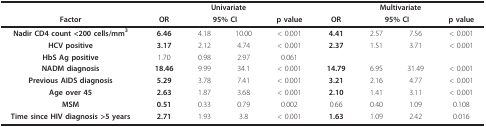
|  | <COLSPAN=4> Univariate | <COLSPAN=4> Multivariate |
 | Factor | OR | <COLSPAN=2> 95% CI | p value | OR | <COLSPAN=2> 95% CI | p value |
 | --- | --- | --- | --- | --- | --- | --- | --- | --- |
 | Nadir CD4 count <200 cells/mm3 | 6.46 | 4.18 | 10.00 | < 0.001 | 4.41 | 2.57 | 7.56 | < 0.001 |
 | HCV positive | 3.17 | 2.12 | 4.74 | < 0.001 | 2.37 | 1.51 | 3.71 | < 0.001 |
 | HbS Ag positive | 1.70 | 0.98 | 2.97 | 0.061 |  |  |  |  |
 | NADM diagnosis | 18.46 | 9.99 | 34.1 | < 0.001 | 14.79 | 6.95 | 31.49 | < 0.001 |
 | Previous AIDS diagnosis | 5.29 | 3.78 | 7.41 | < 0.001 | 3.21 | 2.16 | 4.77 | < 0.001 |
 | Age over 45 | 2.63 | 1.87 | 3.68 | < 0.001 | 2.10 | 1.41 | 3.11 | < 0.001 |
 | MSM | 0.51 | 0.33 | 0.79 | 0.002 | 0.66 | 0.40 | 1.09 | 0.108 |
 | Time since HIV diagnosis >5 years | 2.71 | 1.93 | 3.8 | < 0.001 | 1.63 | 1.09 | 2.42 | 0.016 |